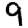
Digit: 9